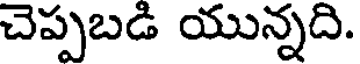
చెప్పబడి యున్నది.